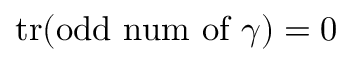
\operatorname { t r } ( \mathrm { o d d \ n u m \ o f \ } \gamma ) = 0